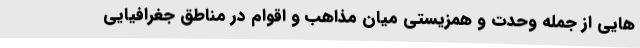
هایی از جمله وحدت و همزیستی میان مذاهب و اقوام در مناطق جغرافیایی